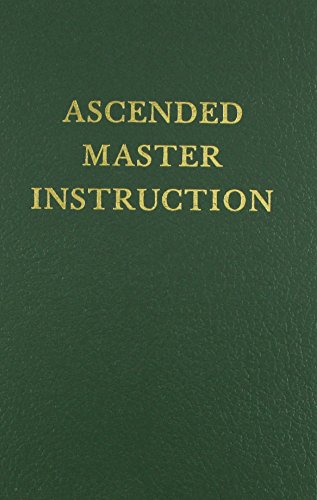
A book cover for Ascended Master Instruction (Saint Germain Series Vol 4); Saint Germain; Religion & Spirituality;